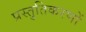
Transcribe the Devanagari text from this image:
प्रस्तुतिकरणों